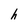
Character: h